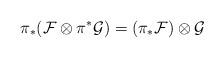
LaTeX: \begin{align*}\pi_{*}({\cal F}\otimes \pi^* {\cal G})=(\pi_* {\cal F})\otimes {\cal G}\end{align*}